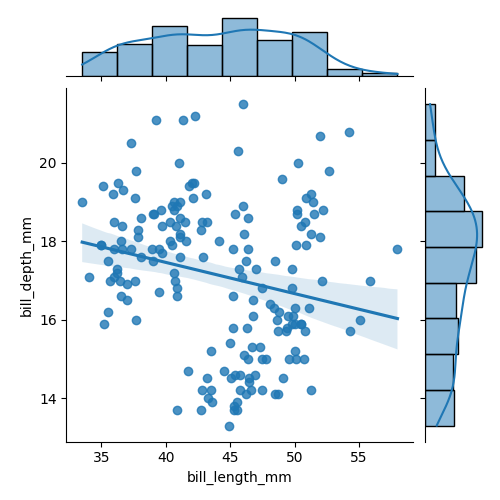
python, seaborn, jointplot, kind='reg', height='5', ratio='5', marginal_ticks='False'